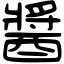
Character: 醬